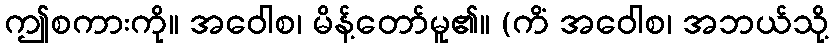
ဤစကားကို။ အဝေါစ၊ မိန့်တော်မူ၏။ (ကိံ အဝေါစ၊ အဘယ်သို့